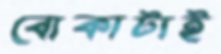
বোকাটাই